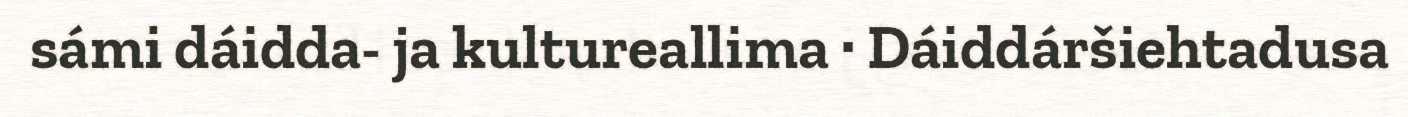
sámi dáidda- ja kultureallima · Dáiddáršiehtadusa